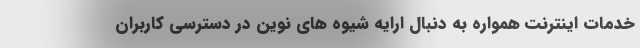
خدمات اینترنت همواره به دنبال ارایه شیوه های نوین در دسترسی کاربران